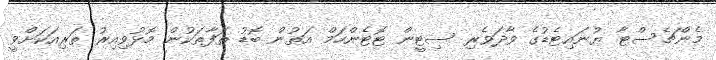
މެންޗެސްޓާ ޔުނައިޓެޑުގެ ވާދަވެރި ސިޓީން ޓޮޓެންހަމް އަތުން ބޮޑު ތަފާތަކުން މޮޅުވިއިރު ތަރިއަކަށްވީ